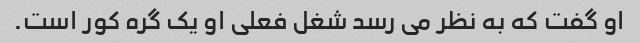
او گفت که به نظر می رسد شغل فعلی او یک گره کور است.